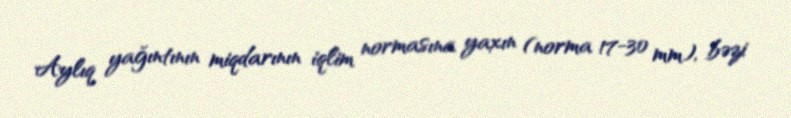
Aylıq yağıntının miqdarının iqlim normasına yaxın (norma 17-30 mm), bəzi